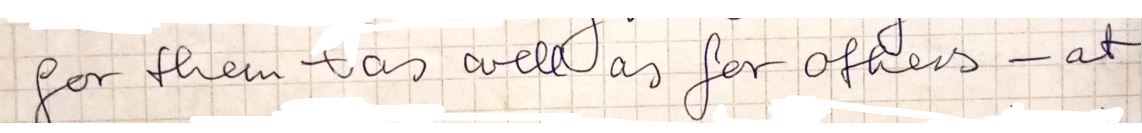
for them was well as for orders - at